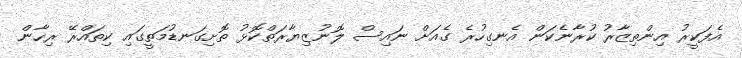
އެފަކީރު އިންތިޒާރު ކުރާނެކަން އެނގިހުރެ ގެއަށް ނައިސް ލޮނުޒިޔާރަތްކޮޅު ތޮށިގަނޑުމަތީގައި ކިތައްރޭ ރިހާން